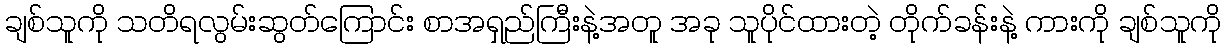
ချစ်သူကို သတိရလွမ်းဆွတ်ကြောင်း စာအရှည်ကြီးနဲ့အတူ အခု သူပိုင်ထားတဲ့ တိုက်ခန်းနဲ့ ကားကို ချစ်သူကို